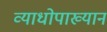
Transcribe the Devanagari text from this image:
व्याधोपाख्यान